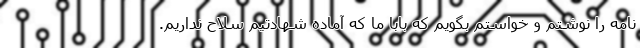
نامه را نوشتم و خواستم بگویم که بابا ما که آماده شهادتیم سلاح نداریم.